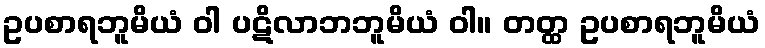
ဥပစာရဘူမိယံ ဝါ ပဋိလာဘဘူမိယံ ဝါ။ တတ္ထ ဥပစာရဘူမိယံ